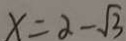
x = \alpha - \sqrt { 3 }